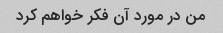
من در مورد آن فکر خواهم کرد